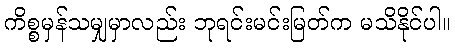
ကိစ္စမှန်သမျှမှာလည်း ဘုရင်းမင်းမြတ်က မသိနိုင်ပါ။